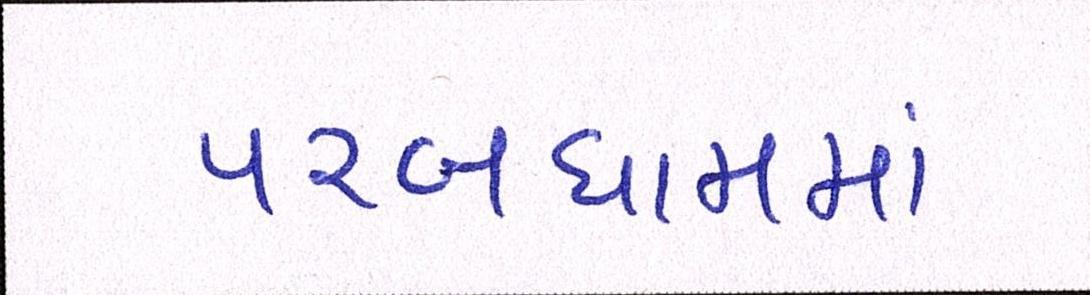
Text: પરબધામમાં